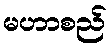
မဟာစည်